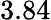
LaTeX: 3.84